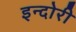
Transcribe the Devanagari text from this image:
इन्दोरी